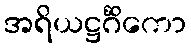
အရိယဋ္ဌင်္ဂိကော